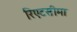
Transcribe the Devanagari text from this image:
रिएटसीमा